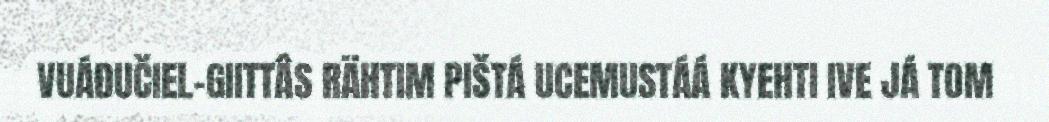
VUÁĐUČIEL-GIITTÂS RÄHTIM PIŠTÁ UCEMUSTÁÁ KYEHTI IVE JÁ TOM